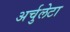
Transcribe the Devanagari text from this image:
अर्चुलेटा